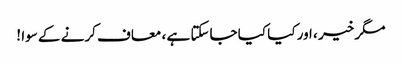
مگر خیر ، اور کیا کیا جاسکتا ہے ، معاف کرنے کے سوا !